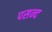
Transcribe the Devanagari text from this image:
पसन्‍द